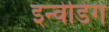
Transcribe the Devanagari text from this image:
इन्वेडिग